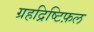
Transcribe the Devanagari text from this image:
ग्रहद्रिष्टिफ़ल